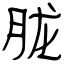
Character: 胧